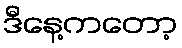
ဒီနေ့ကတော့